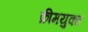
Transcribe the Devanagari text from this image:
क्रीमयुक्त